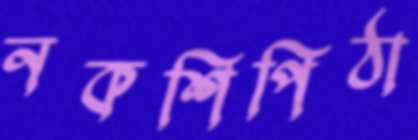
নকশিপিঠা